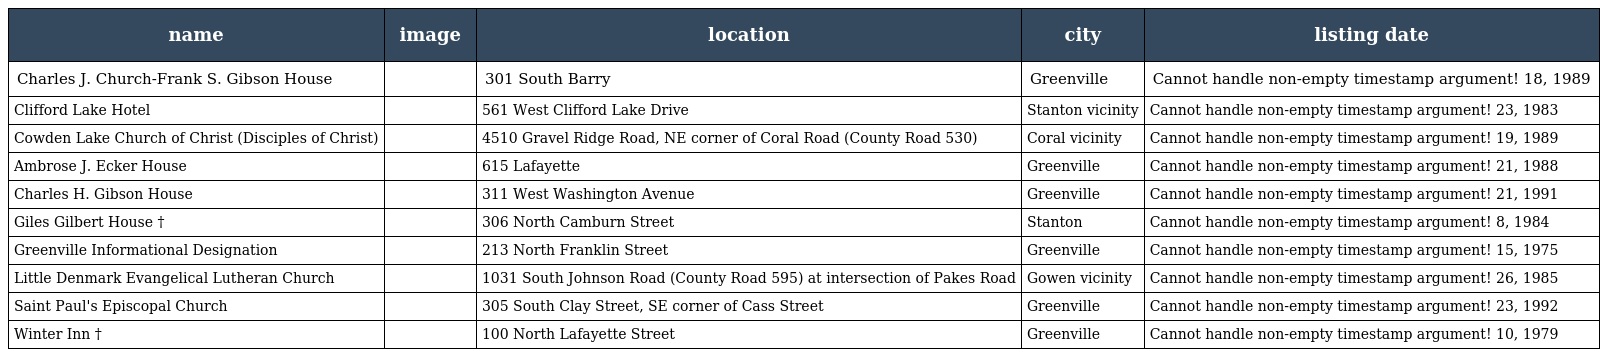
| name | image | location | city | listing date |
 | --- | --- | --- | --- | --- |
 | Charles J. Church-Frank S. Gibson House |  | 301 South Barry | Greenville | Cannot handle non-empty timestamp argument! 18, 1989 |
 | Clifford Lake Hotel |  | 561 West Clifford Lake Drive | Stanton vicinity | Cannot handle non-empty timestamp argument! 23, 1983 |
 | Cowden Lake Church of Christ (Disciples of Christ) |  | 4510 Gravel Ridge Road, NE corner of Coral Road (County Road 530) | Coral vicinity | Cannot handle non-empty timestamp argument! 19, 1989 |
 | Ambrose J. Ecker House |  | 615 Lafayette | Greenville | Cannot handle non-empty timestamp argument! 21, 1988 |
 | Charles H. Gibson House |  | 311 West Washington Avenue | Greenville | Cannot handle non-empty timestamp argument! 21, 1991 |
 | Giles Gilbert House † |  | 306 North Camburn Street | Stanton | Cannot handle non-empty timestamp argument! 8, 1984 |
 | Greenville Informational Designation |  | 213 North Franklin Street | Greenville | Cannot handle non-empty timestamp argument! 15, 1975 |
 | Little Denmark Evangelical Lutheran Church |  | 1031 South Johnson Road (County Road 595) at intersection of Pakes Road | Gowen vicinity | Cannot handle non-empty timestamp argument! 26, 1985 |
 | Saint Paul's Episcopal Church |  | 305 South Clay Street, SE corner of Cass Street | Greenville | Cannot handle non-empty timestamp argument! 23, 1992 |
 | Winter Inn † |  | 100 North Lafayette Street | Greenville | Cannot handle non-empty timestamp argument! 10, 1979 |